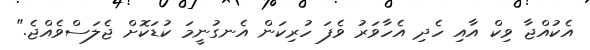
އެކުއްޖާ ވިކް އާއި ހެދި އެހާވަރު ވެފަ ހުރިކަން އެނގުނީމަ ކުޑަކޮށް ޖެލަސްވެއްޖެ."